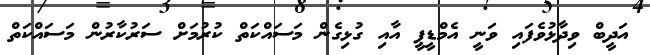
އަދީބް ވިދާޅުވެފައި ވަނީ އެމްޑީޕީ އާއި ގުޅިގެން މަސައްކަތް ކުރުމަށް ސަރުކާރުން މަސައްކަތް